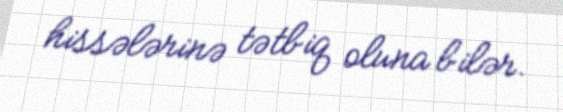
hissələrinə tətbiq oluna bilər.